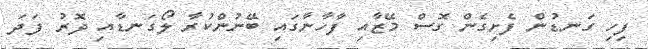
ފިހި ގަނޑުން ފެށިގެން ގޮސް މޭޒާއި ފާހާނާގައި ބޭނުންކުރާ ލޯގަނޑާއި ދޮރު ފަދަ